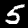
Digit: 5